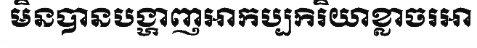
មិនបានបង្ហាញអាកប្បកិរិយាខ្លាចរអា